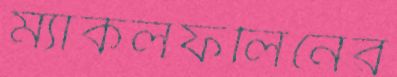
ম্যাকলফলিনের